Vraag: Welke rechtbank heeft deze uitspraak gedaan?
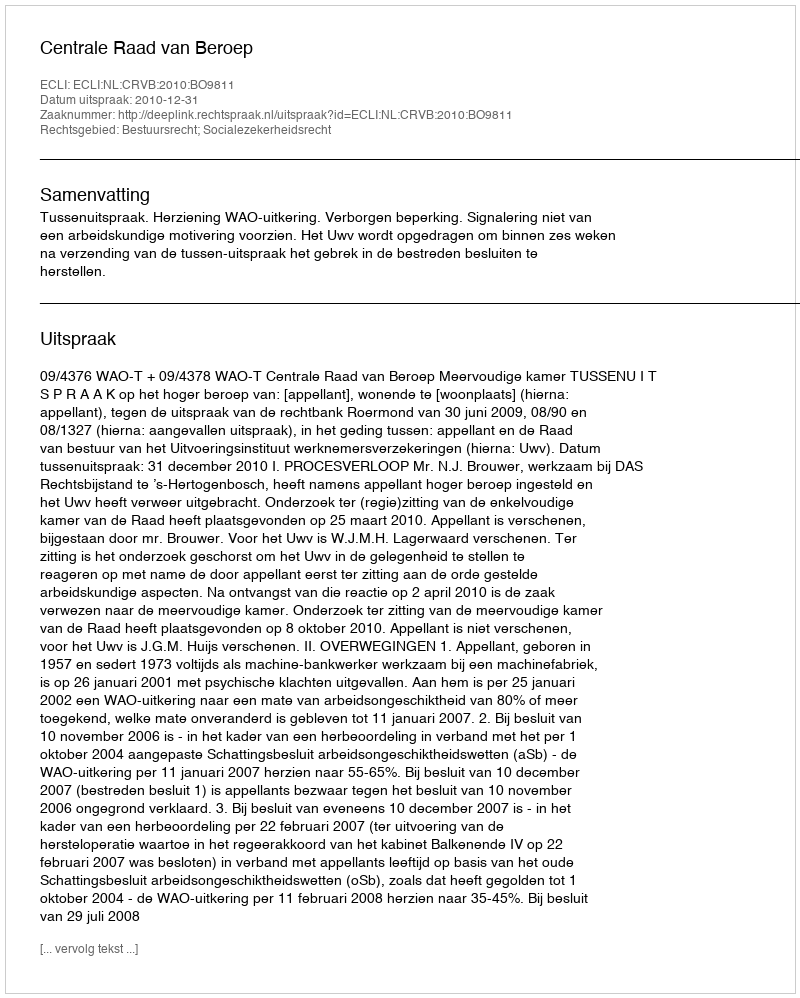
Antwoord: Centrale Raad van Beroep